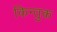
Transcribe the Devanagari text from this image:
किन्तुक